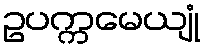
ဥပက္ကမေယျုံ